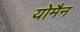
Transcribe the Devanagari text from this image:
योमैन